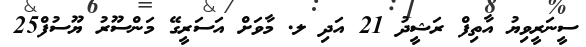
ސީނަރީވިޔު އާތިފް ރަޝީދު 21 އަދި ލ. މާވަށް އަސަރީގޭ މަންސޫރު ޔޫސުފް25